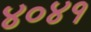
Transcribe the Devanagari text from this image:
४०४१